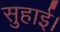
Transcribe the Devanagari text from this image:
सुहाई।